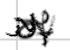
Text: of
Cross-out: zig-zag
Writing tool: digital_black